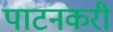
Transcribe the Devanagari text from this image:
पाटनकरी